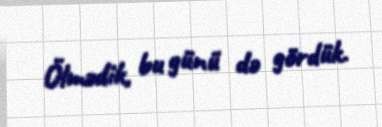
Ölmədik, bu günü də gördük.